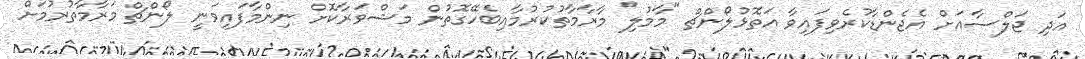
އަދި ޖަލްސާއަށް އެޖެންޑާކުރެވިފައިވާ އަތޮޅުލޯންޗް "މާމުލި" މާރާމާތުކުރުމާއިބެހޭގޮތުން މަޝްވަރާކޮށް ނިންމާފައިވަނީ ލޯންޗް މަރާމާތުރުމަށް